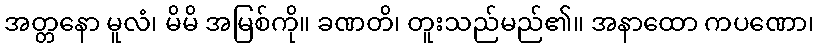
အတ္တနော မူလံ၊ မိမိ အမြစ်ကို။ ခဏတိ၊ တူးသည်မည်၏။ အနာထော ကပဏော၊